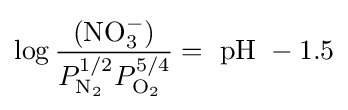
\log {\frac {(\mathrm {NO_{3}^{-}} )}{P_{\mathrm {N_{2}} }^{1/2}P_{\mathrm {O_{2}} }^{5/4}}}={\text{ pH }}-1.5